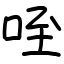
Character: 咥